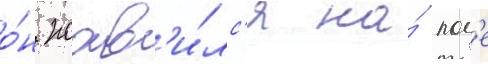
о́н поав'и́лс'я на́ пол'е